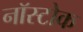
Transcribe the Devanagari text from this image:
नॉस्टोक